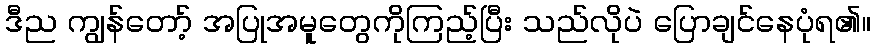
ဒီည ကျွန်တော့် အပြုအမူတွေကိုကြည့်ပြီး သည်လိုပဲ ပြောချင်နေပုံရ၏။